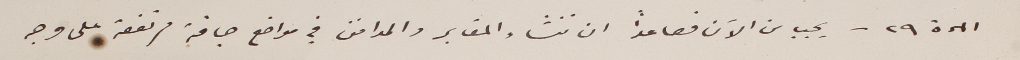
المادة ٢٩ - يجب من الآن فصاعداً ان تنشاء المقابر والمدافن في مواضع جافة مرتفعة على وجه